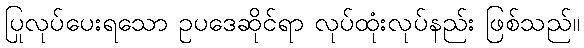
ပြုလုပ်ပေးရသော ဥပဒေဆိုင်ရာ လုပ်ထုံးလုပ်နည်း ဖြစ်သည်။